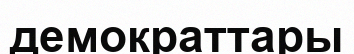
демократтары